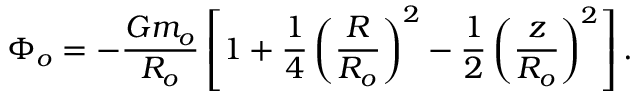
\Phi _ { o } = - \frac { G m _ { o } } { R _ { o } } \left[ 1 + \frac { 1 } { 4 } \left( \frac { R } { R _ { o } } \right) ^ { 2 } - \frac { 1 } { 2 } \left( \frac { z } { R _ { o } } \right) ^ { 2 } \right] .